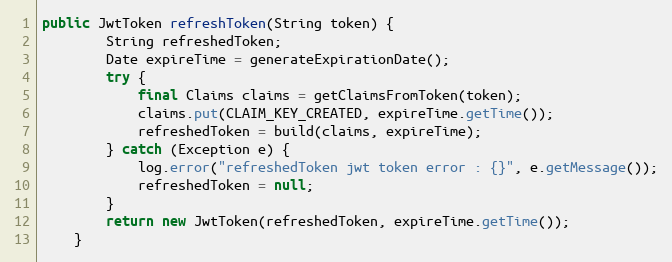
Language: Java
public JwtToken refreshToken(String token) {
        String refreshedToken;
        Date expireTime = generateExpirationDate();
        try {
            final Claims claims = getClaimsFromToken(token);
            claims.put(CLAIM_KEY_CREATED, expireTime.getTime());
            refreshedToken = build(claims, expireTime);
        } catch (Exception e) {
            log.error("refreshedToken jwt token error : {}", e.getMessage());
            refreshedToken = null;
        }
        return new JwtToken(refreshedToken, expireTime.getTime());
    }